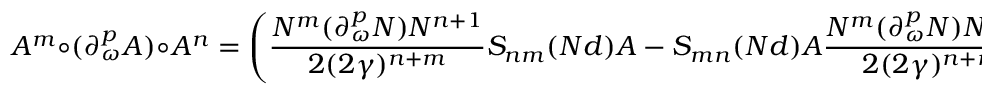
A ^ { m } \circ ( \partial _ { \omega } ^ { p } A ) \circ A ^ { n } = \left( { \frac { N ^ { m } ( \partial _ { \omega } ^ { p } N ) N ^ { n + 1 } } { 2 ( 2 \gamma ) ^ { n + m } } } S _ { n m } ( N d ) A - S _ { m n } ( N d ) A { \frac { N ^ { m } ( \partial _ { \omega } ^ { p } N ) N ^ { n + 1 } } { 2 ( 2 \gamma ) ^ { n + m } } } \right)